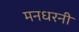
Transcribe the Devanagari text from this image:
मनधरनी